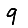
Digit: 9